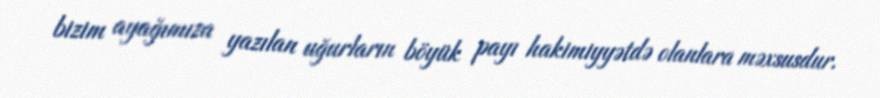
bizim ayağımıza yazılan uğurların böyük payı hakimiyyətdə olanlara məxsusdur.